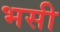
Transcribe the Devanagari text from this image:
भसी